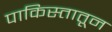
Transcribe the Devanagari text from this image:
पाकिस्तातून